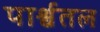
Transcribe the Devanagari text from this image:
पार्श्वतल